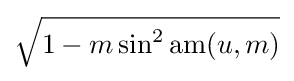
{\sqrt {1-m\sin ^{2}\operatorname {am} (u,m)}}